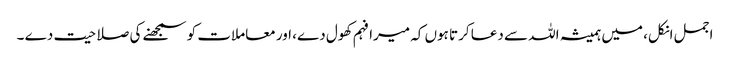
اجمل انکل، میں ہمیشہ اللہ سے دعا کرتا ہوں کہ میرا فہم کھول دے، اور معاملات کو سمجھنے کی صلاحیت دے ۔